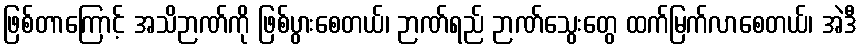
ဖြစ်တာကြောင့် အသိဉာဏ်ကို ဖြစ်ပွားစေတယ်၊ ဉာဏ်ရည် ဉာဏ်သွေးတွေ ထက်မြက်လာစေတယ်၊ အဲဒီ